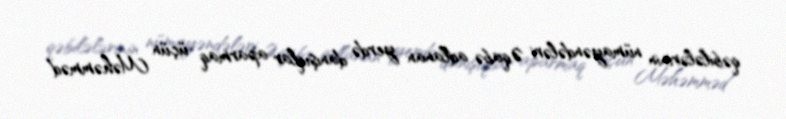
qəbilələrinin nümayəndələri Əqabə adlanan yerdə danışıqlar aparmaq üçün Məhəmməd